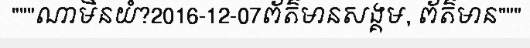
"""ណាមិនយំ?2016-12-07ព័ត៌មានសង្គម, ព័ត៌មាន"""